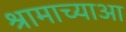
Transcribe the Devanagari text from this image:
श्रामाच्याआ